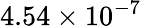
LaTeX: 4.54\times 10^{-7}